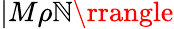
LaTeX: |M\rho\mathbb{N}\rrangle